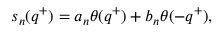
s _ { n } ( q ^ { + } ) = a _ { n } \theta ( q ^ { + } ) + b _ { n } \theta ( - q ^ { + } ) ,